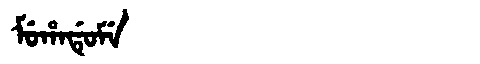
Manchu: ᠮᡠᡥᠠᡩᡠᠮᡝ
Romanization: MUHADUME